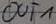
Text: OUT1